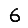
Digit: 6